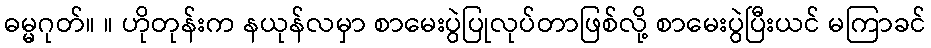
ဓမ္မဂုတ်။ ။ ဟိုတုန်းက နယုန်လမှာ စာမေးပွဲပြုလုပ်တာဖြစ်လို့ စာမေးပွဲပြီးယင် မကြာခင်